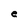
Character: e